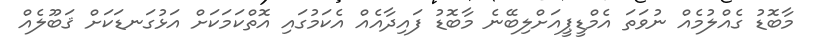
މާބޮޑު ގެއްލުމެއް ނުވަތަ އެމްޑީޕީއަށްލިބޭނެ މާބޮޑު ފައިދާއެއް އެކަމުގައި އޮތްކަމަކަށް އަޅުގަނޑަކަށް ޤަބޫލެއް